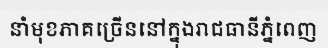
នាំមុខភាគច្រើននៅក្នុងរាជធានីភ្នំពេញ